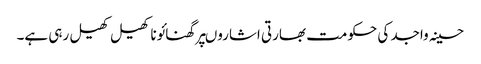
حسینہ واجد کی حکومت بھارتی اشاروںپرگھنائوناکھیل کھیل رہی ہے۔